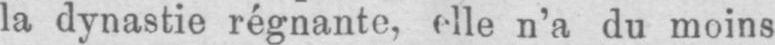
la dynastie régnante, elle n’a du moins